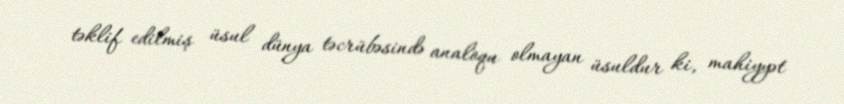
təklif edilmiş üsul dünya təcrübəsində analoqu olmayan üsuldur ki, mahiyyət